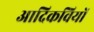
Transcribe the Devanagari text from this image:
आदिकवियों